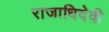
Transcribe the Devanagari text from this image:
राजाधिदेवी